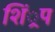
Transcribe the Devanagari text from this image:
शिं्रप